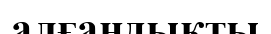
алғандықты